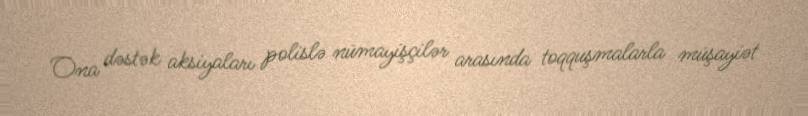
Ona dəstək aksiyaları polislə nümayişçilər arasında toqquşmalarla müşayiət